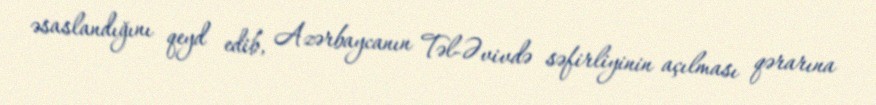
əsaslandığını qeyd edib, Azərbaycanın Təl-Əvivdə səfirliyinin açılması qərarına